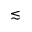
\lesssim